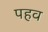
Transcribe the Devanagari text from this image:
पहव